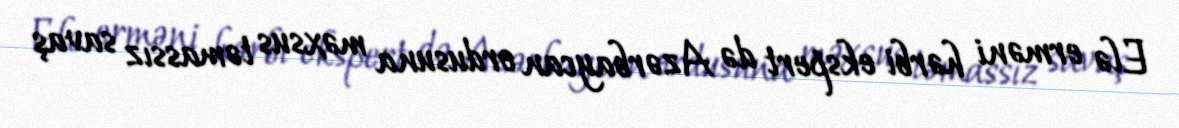
Elə erməni hərbi ekspert də Azərbaycan ordusuna məxsus təmassız savaş